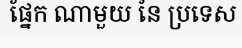
ផ្នែក ណាមួយ នៃ ប្រទេស